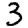
Digit: 3